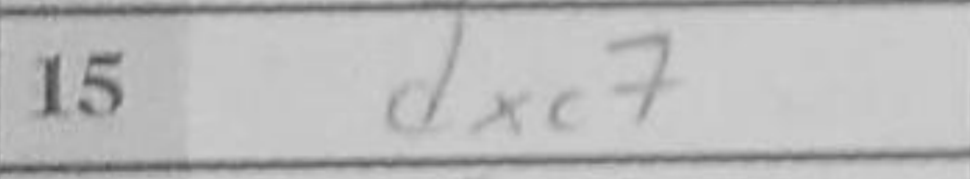
Transcription: dxc7